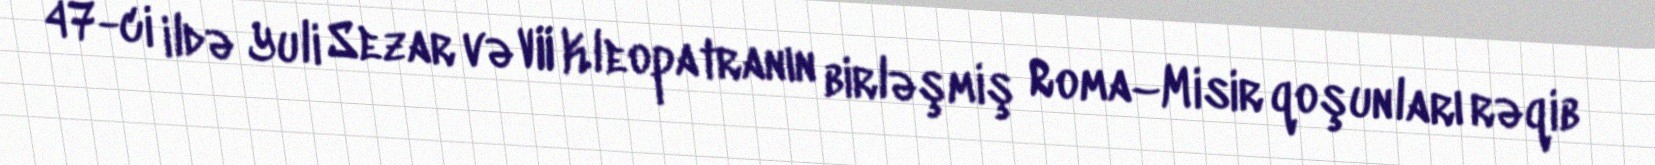
47-ci ildə Yuli Sezar və VII Kleopatranın birləşmiş Roma–Misir qoşunları rəqib